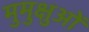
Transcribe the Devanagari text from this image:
मुमुक्षुओं